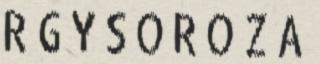
R G Y S O R O Z A